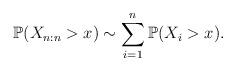
LaTeX: \begin{align*}\mathbb{P}(X_{n:n}>x)\sim \sum_{i=1}^{n}\mathbb{P}(X_{i}>x). \end{align*}